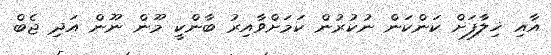
އާއި ޚިލާފަށް ކަންކަން ނުކުރުން ކަމަށްވާއިރު ބާންކީ މޫން ނޫން އަދި ޖެބް